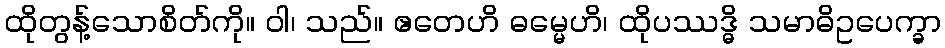
ထိုတွန့်သောစိတ်ကို။ ဝါ၊ သည်။ ဧတေဟိ ဓမ္မေဟိ၊ ထိုပဿဒ္ဓိ သမာဓိဥပေက္ခာ